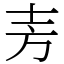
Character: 𫠤